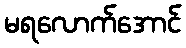
မရလောက်အောင်